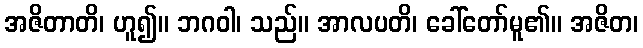
အဇိတာတိ၊ ဟူ၍။ ဘဂဝါ၊ သည်။ အာလပတိ၊ ခေါ်တော်မူ၏။ အဇိတ၊